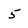
Character: 5